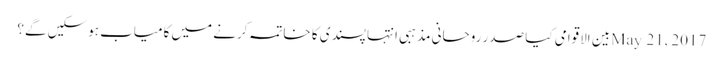
May 21, 2017بین الاقوامی	کیا صدر روحانی مذہبی انتہا پسندی کا خاتمہ کرنے میں کامیاب ہوسکیں گے؟